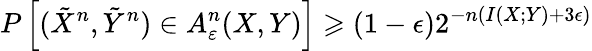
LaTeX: P\left[({\tilde{X}}^{n},{\tilde{Y}}^{n})\in A_{\varepsilon}^{n}(X,Y)\right]\geqslant(1-\epsilon)2^{-n(I(X;Y)+3\epsilon)}